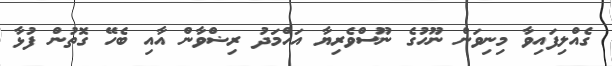
ގެއްލިފައިވާ މިނިވަން ނޫހުގެ ނޫސްވެރިޔާ އަހްމަދު ރިޟްވާން އާއި ބެހޭ ގޮތުން ފުޅާ